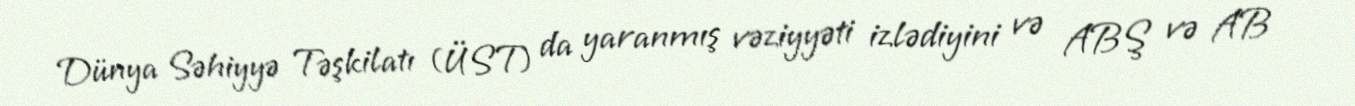
Dünya Səhiyyə Təşkilatı (ÜST) da yaranmış vəziyyəti izlədiyini və ABŞ və AB